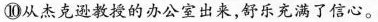
⑩从杰克逊教授的办公室出来，舒乐充满了信心。